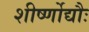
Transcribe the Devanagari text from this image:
शीर्ष्णोद्यौः